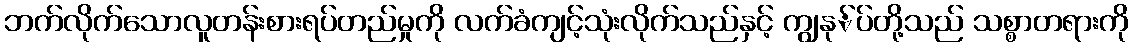
ဘက်လိုက်သောလူတန်းစားရပ်တည်မှုကို လက်ခံကျင့်သုံးလိုက်သည်နှင့် ကျွနု်ပ်တို့သည် သစ္စာတရားကို